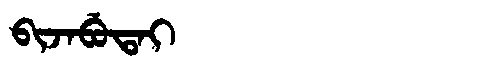
Manchu: ᠪᡳᠵᠠᠪᡠᡨᠠᡳ
Romanization: BIJABUTAI